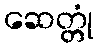
ဆေတ္တုံ